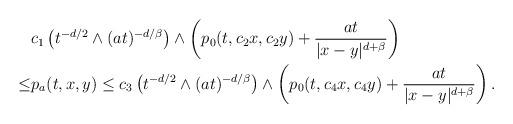
LaTeX: \begin{align*}\begin{aligned}&c_1 \left(t^{-d/2}\wedge (at)^{-d/\beta}\right) \wedge \left( p_0(t,c_2x, c_2y)+ \frac{at}{|x-y|^{d+\beta}}\right)\\\leq & p_a(t, x, y) \leq c_3\left(t^{-d/2}\wedge (at)^{-d/\beta}\right) \wedge \left( p_0(t,c_4x, c_4y)+ \frac{at}{|x-y|^{d+\beta}}\right). \end{aligned}\end{align*}